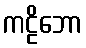
ကဠိဘော